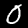
Label: 0